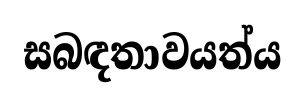
සබඳතාවයත්ය